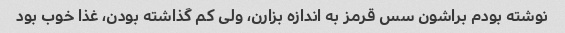
نوشته بودم براشون سس قرمز به اندازه بزارن، ولی کم گذاشته بودن، غذا خوب بود